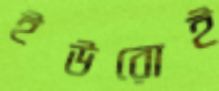
ইউরোই